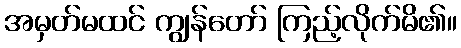
အမှတ်မထင် ကျွန်တော် ကြည့်လိုက်မိ၏။